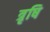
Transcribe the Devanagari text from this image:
त्रृषि